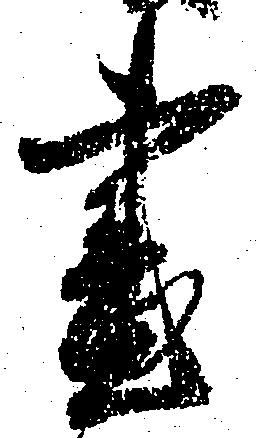
昼